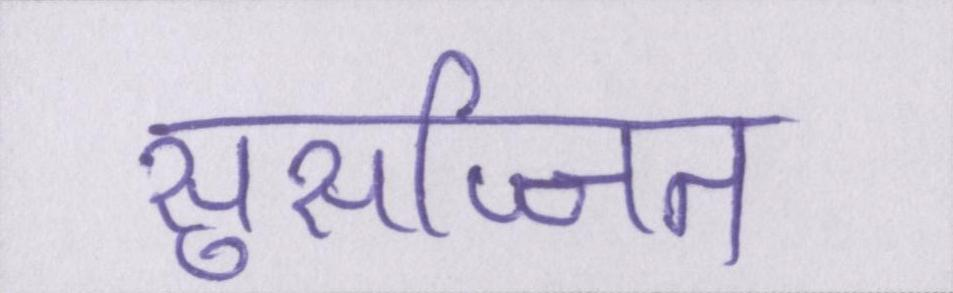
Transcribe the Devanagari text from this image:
सुसज्जित